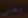
يعانى